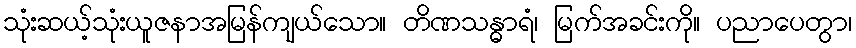
သုံးဆယ့်သုံးယူဇနာအမြန်ကျယ်သော။ တိဏသန္ဓာရံ၊ မြက်အခင်းကို။ ပညာပေတွာ၊